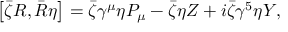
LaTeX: \left[ \bar { \zeta } { \cal R } , \bar { \cal R } \eta \right] = \bar { \zeta } \gamma ^ { \mu } \eta P _ { \mu } - \bar { \zeta } \eta Z + i \bar { \zeta } \gamma ^ { 5 } \eta Y ,